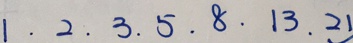
1 . 2 . 3 . 5 . 8 . 1 3 . 2 1